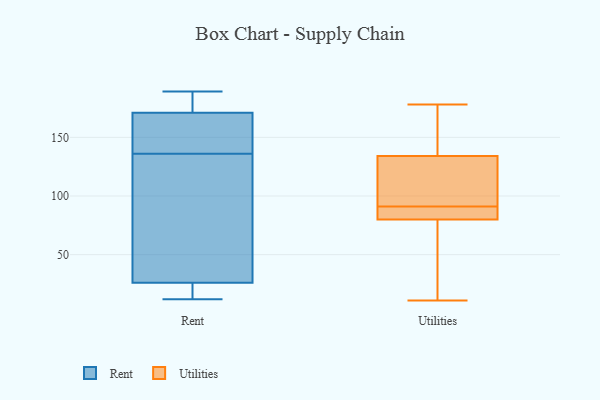
{"axis": {"x": "Revenue (USD Million)", "y": "Value"}, "legend": ["Rent", "Utilities"], "data": [{"x": "", "y": 149, "type": "Rent"}, {"x": "", "y": 26, "type": "Rent"}, {"x": "", "y": 171, "type": "Rent"}, {"x": "", "y": 177, "type": "Rent"}, {"x": "", "y": 145, "type": "Rent"}, {"x": "", "y": 127, "type": "Rent"}, {"x": "", "y": 180, "type": "Rent"}, {"x": "", "y": 22, "type": "Rent"}, {"x": "", "y": 161, "type": "Rent"}, {"x": "", "y": 67, "type": "Rent"}, {"x": "", "y": 18, "type": "Rent"}, {"x": "", "y": 189, "type": "Rent"}, {"x": "", "y": 15, "type": "Rent"}, {"x": "", "y": 12, "type": "Rent"}, {"x": "", "y": 49, "type": "Rent"}, {"x": "", "y": 170, "type": "Rent"}, {"x": "", "y": 57, "type": "Rent"}, {"x": "", "y": 186, "type": "Rent"}, {"x": "", "y": 109, "type": "Utilities"}, {"x": "", "y": 176, "type": "Utilities"}, {"x": "", "y": 95, "type": "Utilities"}, {"x": "", "y": 83, "type": "Utilities"}, {"x": "", "y": 87, "type": "Utilities"}, {"x": "", "y": 11, "type": "Utilities"}, {"x": "", "y": 178, "type": "Utilities"}, {"x": "", "y": 84, "type": "Utilities"}, {"x": "", "y": 55, "type": "Utilities"}, {"x": "", "y": 103, "type": "Utilities"}, {"x": "", "y": 25, "type": "Utilities"}, {"x": "", "y": 134, "type": "Utilities"}, {"x": "", "y": 80, "type": "Utilities"}, {"x": "", "y": 150, "type": "Utilities"}]}